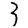
Digit: 3